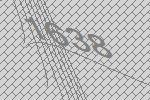
1638